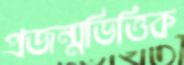
প্রজন্মভিত্তিক